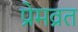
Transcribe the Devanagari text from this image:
प्रेमव्रत